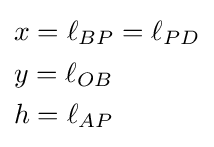
{\begin{aligned}&x=\ell _{BP}=\ell _{PD}\\&y=\ell _{OB}\\&h=\ell _{AP}\end{aligned}}